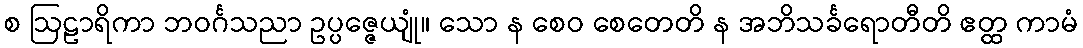
စ ဩဠာရိကာ ဘဝင်္ဂသညာ ဥပ္ပဇ္ဇေယျုံ။ သော န စေဝ စေတေတိ န အဘိသင်္ခရောတီတိ ဧတ္ထ ကာမံ